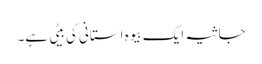
جاثیہ ایک بیوہ استانی کی بیٹی ہے۔